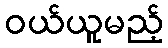
ဝယ်ယူမည့်